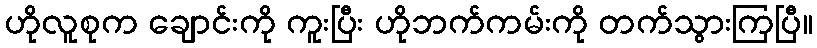
ဟိုလူစုက ချောင်းကို ကူးပြီး ဟိုဘက်ကမ်းကို တက်သွားကြပြီ။